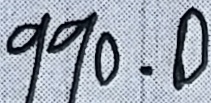
9 9 0 . 0